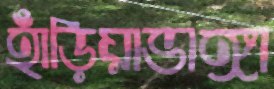
হাঁড়িয়াভাঙ্গা